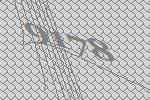
9178